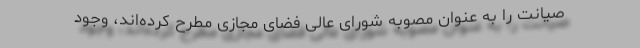
صیانت را به عنوان مصوبه شورای عالی فضای مجازی مطرح کرده‌اند، وجود